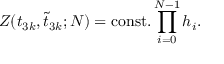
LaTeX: Z ( t _ { 3 k } , \tilde { t } _ { 3 k } ; N ) = \mathrm { c o n s t . } \prod _ { i = 0 } ^ { N - 1 } h _ { i } .